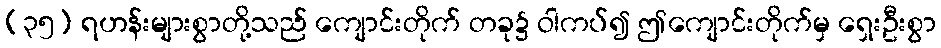
(၃၅) ရဟန်းများစွာတို့သည် ကျောင်းတိုက် တခု၌ ဝါကပ်၍ ဤကျောင်းတိုက်မှ ရှေးဦးစွာ